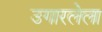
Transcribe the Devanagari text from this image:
उगारलेला